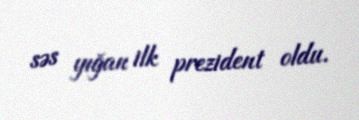
səs yığan ilk prezident oldu.